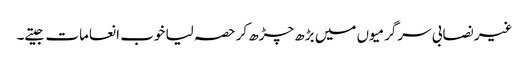
غیر نصابی سرگرمیوں میں بڑھ چڑھ کر حصہ لیا خوب انعامات جیتے۔